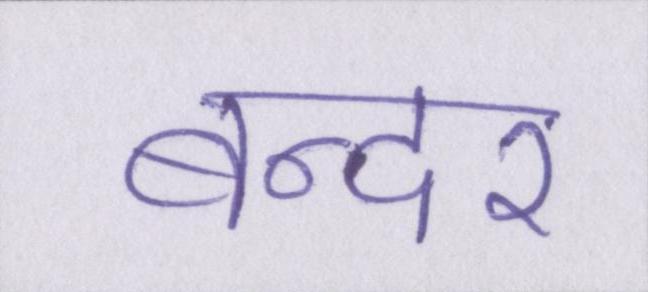
बन्दर